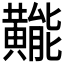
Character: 𪏛